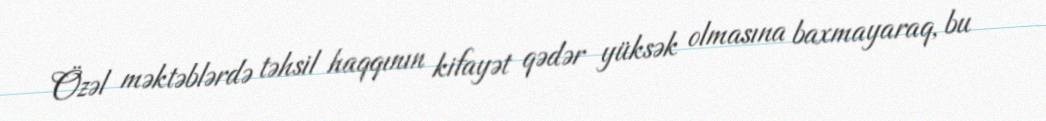
Özəl məktəblərdə təhsil haqqının kifayət qədər yüksək olmasına baxmayaraq, bu